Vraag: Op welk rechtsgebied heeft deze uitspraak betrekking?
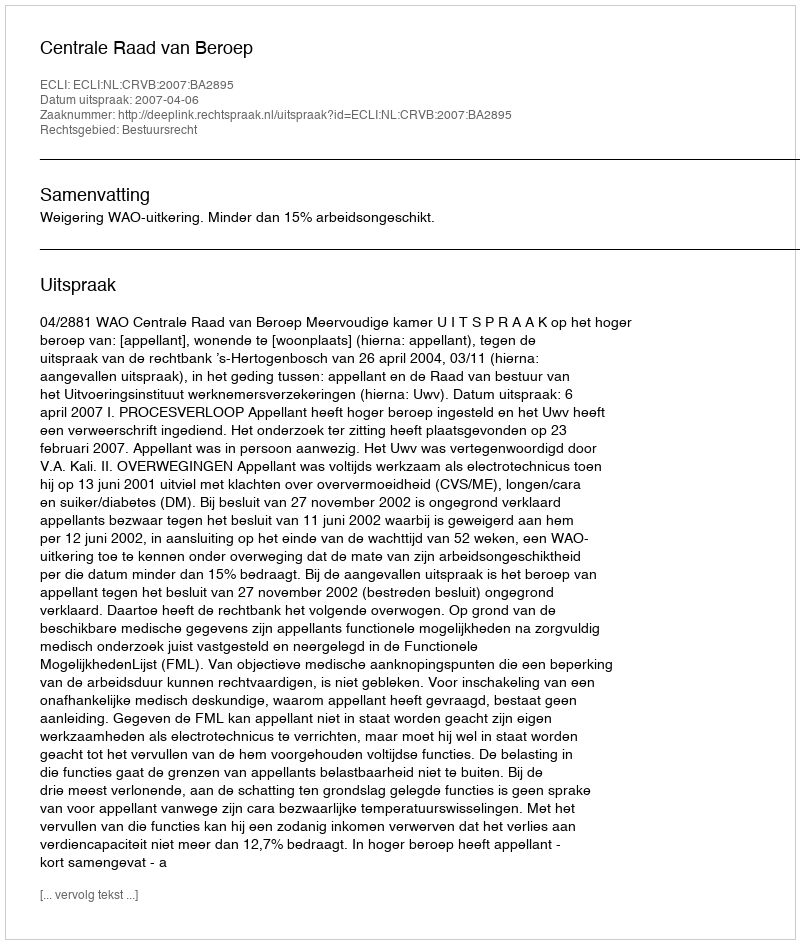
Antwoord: Bestuursrecht